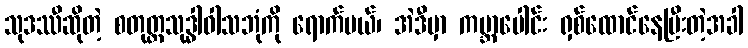
သုဒဿီဆိုတဲ့ စတုတ္ထသုဒ္ဓါဝါသဘုံကို ရောက်မယ်၊ အဲဒီမှာ ကမ္ဘာပေါင်း ရှစ်ထောင်နေပြီးတဲ့အခါ